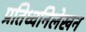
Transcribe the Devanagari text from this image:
प्रतिध्वनिलेखन